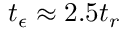
t _ { \epsilon } \approx 2 . 5 t _ { r }